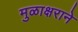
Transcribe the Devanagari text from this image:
मुळाक्षराने